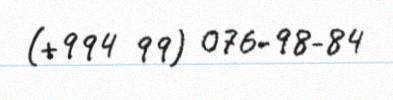
(+994 99) 076-98-84